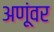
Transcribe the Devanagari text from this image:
अणूंवर